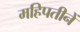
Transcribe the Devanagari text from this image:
महिपतीनें